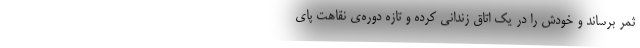
ثمر برساند و خودش را در یک اتاق زندانی کرده و تازه دوره‌ی نقاهت پای